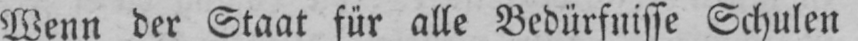
Wenn der Staat für alle Bedürfnisse Schulen